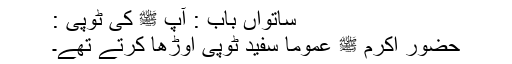
ساتواں باب : آپ ﷺ کی ٹوپی :
حضور اکرم ﷺ عموماً سفید ٹوپی اوڑھا کرتے تھے۔